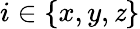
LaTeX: i\in\{ x,y,\mathit{z}\}